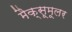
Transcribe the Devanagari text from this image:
मैक्सूमूलर